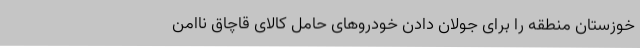
خوزستان منطقه را برای جولان دادن خودروهای حامل کالای قاچاق ناامن